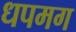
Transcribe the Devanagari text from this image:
धपमग